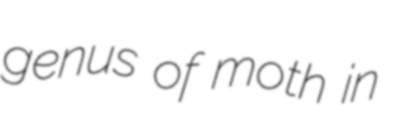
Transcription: genus of moth in